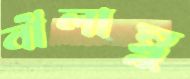
নীলাম্বু